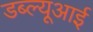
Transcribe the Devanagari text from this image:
डब्ल्यूआई